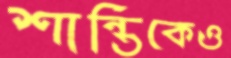
শান্তিকেও